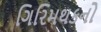
ગિરિમથકનો